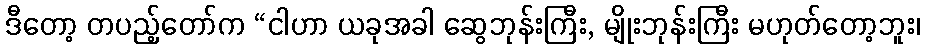
ဒီတော့ တပည့်တော်က “ငါဟာ ယခုအခါ ဆွေဘုန်းကြီး, မျိုးဘုန်းကြီး မဟုတ်တော့ဘူး၊